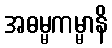
အဓမ္မကမ္မာနိ